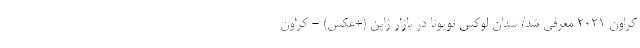
کراون 2021 معرفی شد/ سدان لوکس تویوتا در بازار ژاپن (+عکس) - کراون